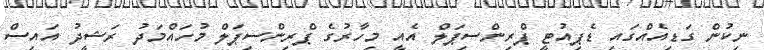
ނިކުން ގަޑިއެއްގައި ޑެޕިއުޓީ ޕްރިންސިޕަލް އެއީ މިހާރުގެ ޕްރިންސިޕަލް މުހައްމަދު ރަޝީދު އައިސް